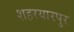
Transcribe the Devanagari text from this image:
शहरयारपुर